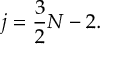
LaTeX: j = { \frac { 3 } { 2 } } N - 2 .